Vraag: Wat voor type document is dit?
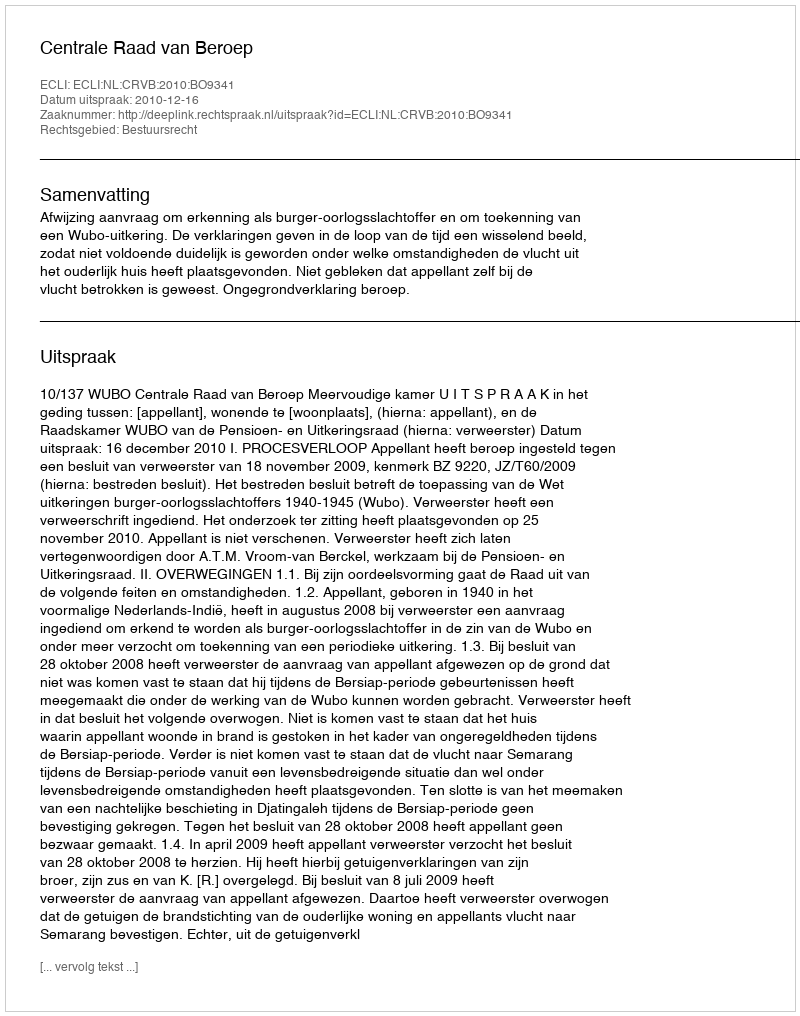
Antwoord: Uitspraak